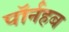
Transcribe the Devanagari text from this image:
पॉर्नहब